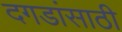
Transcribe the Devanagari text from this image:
दगडांसाठी